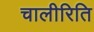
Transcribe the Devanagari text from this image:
चालीरिति